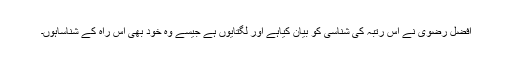
افضل رضوی ؔنے اس رتبہ کی شناسی کو بیان کیاہے اور لگتایوں ہے جیسے وہ خود بھی اس راہ کے شناساہوں۔